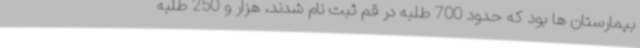
بیمارستان ها بود که حدود 700 طلبه در قم ثبت نام شدند، هزار و 250 طلبه